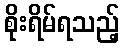
စိုးရိမ်ရသည့်